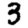
Digit: 3